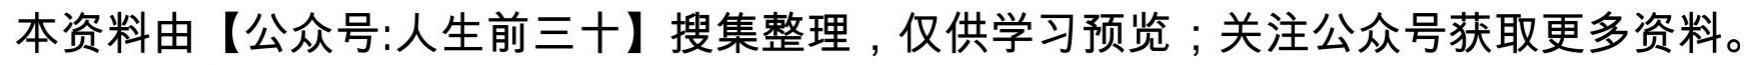
本资料由【公众号:人生前三十】搜集整理，仅供学习预览；关注公众号获取更多资料。